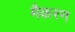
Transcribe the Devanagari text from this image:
मैकरन